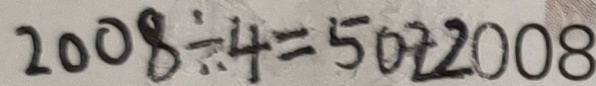
2 0 0 8 \div 4 = 5 0 2 2 0 0 8